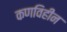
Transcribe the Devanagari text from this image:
कणविहीन